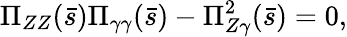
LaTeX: \Pi_{ZZ}(\bar{s})\Pi_{\gamma\gamma}(\bar{s})-\Pi_{Z\gamma}^{2}(\bar{s})=0,